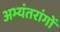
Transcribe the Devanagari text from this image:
अभ्यंतरांगों